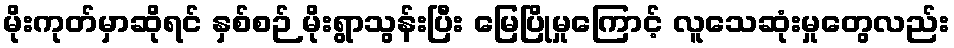
မိုးကုတ်မှာဆိုရင် နှစ်စဉ် မိုးရွာသွန်းပြီး မြေပြိုမှုကြောင့် လူသေဆုံးမှုတွေလည်း